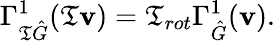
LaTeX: \Gamma_{\mathfrak{T}\hat{{G}}}^{1}(\mathfrak{T}\mathbf{{v}})=\mathfrak{T}_{rot}\Gamma_{\hat{{G}}}^{1}(\mathbf{{v}}).